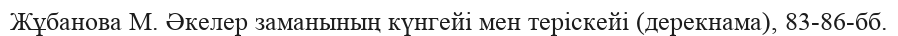
Жұбанова М. Әкелер заманының күнгейі мен теріскейі (дерекнама), 83-86-бб.